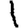
Digit: 1